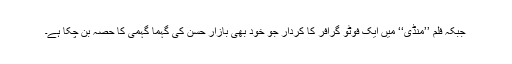
جبکہ فلم ’’منڈی‘‘ میں ایک فوٹو گرافر کا کردار جو خود بھی بازار حسن کی گہما گہمی کا حصہ بن چکا ہے۔